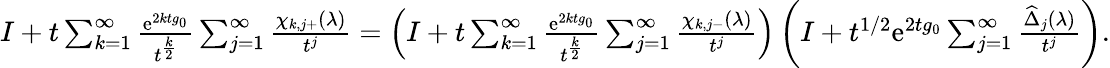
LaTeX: \begin{array}{r}{I+t\sum_{k=1}^{\infty}\frac{\mathrm{e}^{2ktg_{0}}}{t^{\frac{k}{2}}}\sum_{j=1}^{\infty}\frac{\chi_{k,j+}(\lambda)}{t^{j}}=\left(I+t\sum_{k=1}^{\infty}\frac{\mathrm{e}^{2ktg_{0}}}{t^{\frac{k}{2}}}\sum_{j=1}^{\infty}\frac{\chi_{k,j-}(\lambda)}{t^{j}}\right)\left(I+t^{1/2}\mathrm{e}^{2tg_{0}}\sum_{j=1}^{\infty}\frac{\widehat{\Delta}_{j}(\lambda)}{t^{j}}\right).}\end{array}